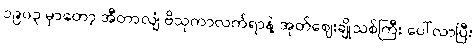
၁၉၀၃ မှာတော့ အီတာလျံ ဗိသုကာလက်ရာနဲ့ အုတ်ဈေးချိုသစ်ကြီး ပေါ်လာပြီး